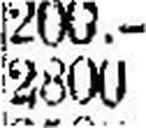
2800